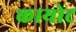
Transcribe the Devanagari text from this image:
कायोट